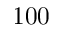
1 0 0